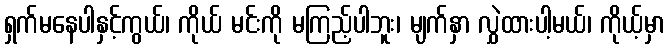
ရှက်မနေပါနှင့်ကွယ်၊ ကိုယ် မင်းကို မကြည့်ပါဘူး၊ မျက်နှာ လွှဲထားပါ့မယ်၊ ကိုယ့်မှာ